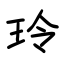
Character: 玲